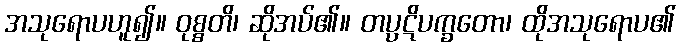
အသုရောပဟူ၍။ ဝုစ္စတိ၊ ဆိုအပ်၏။ တပ္ပဋိပက္ခတော၊ ထိုအသုရောပ၏